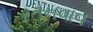
રતનવાવ